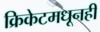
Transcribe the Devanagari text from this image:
क्रिकेटमधूनही